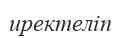
иректеліп